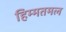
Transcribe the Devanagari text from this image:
हिम्मतमल